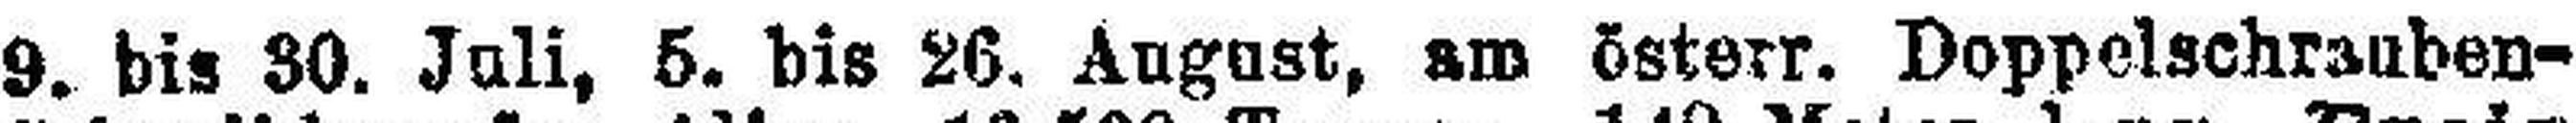
9. bis 30. Juli, 5. bis 26. August, am österr. Doppelschranben-